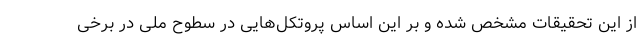
از این تحقیقات مشخص شده و بر این اساس پروتکل‌هایی در سطوح ملی در برخی